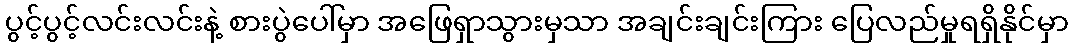
ပွင့်ပွင့်လင်းလင်းနဲ့ စားပွဲပေါ်မှာ အဖြေရှာသွားမှသာ အချင်းချင်းကြား ပြေလည်မှုရရှိနိုင်မှာ